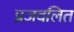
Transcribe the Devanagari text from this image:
प्रजवलित